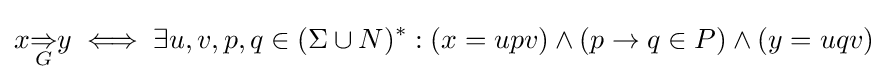
x{\underset {G}{\Rightarrow }}y\iff \exists u,v,p,q\in (\Sigma \cup N)^{*}:(x=upv)\wedge (p\rightarrow q\in P)\wedge (y=uqv)